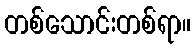
တစ်သောင်းတစ်ရာ။